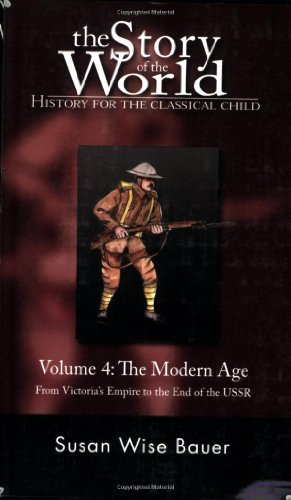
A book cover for The Story of the World: History for the Classical Child, Volume 4: The Modern Age: From Victoria's Empire to the End of the USSR; Susan Wise Bauer; Education & Teaching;